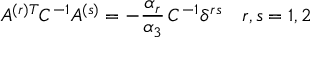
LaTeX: A ^ { ( r ) T } C ^ { - 1 } A ^ { ( s ) } = - { \frac { \alpha _ { r } } { \alpha _ { 3 } } } \, C ^ { - 1 } \delta ^ { r s } \quad r , s = 1 , 2